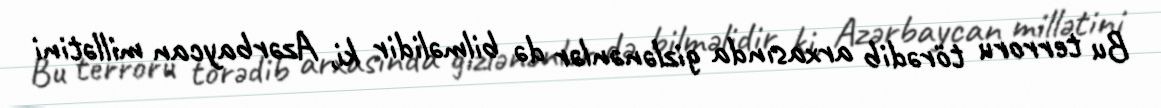
Bu terroru törədib arxasında gizlənənlər də bilməlidir ki, Azərbaycan millətini